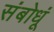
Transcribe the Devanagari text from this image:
संबोधूं